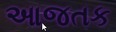
આજતક